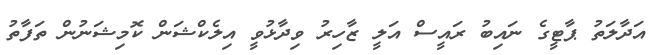
އަދާލަތު ޕާޓީގެ ނައިބު ރައީސް އަލީ ޒާހިރު ވިދާޅުވީ އިލެކްޝަން ކޮމިޝަނުން ތަފާތު